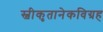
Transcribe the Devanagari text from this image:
स्वीकृतानेकविग्रह